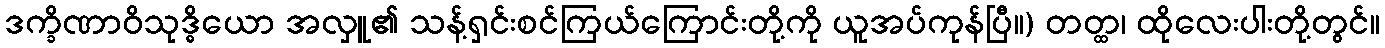
ဒက္ခိဏာဝိသုဒ္ဓိယော အလှူ၏ သန့်ရှင်းစင်ကြယ်ကြောင်းတို့ကို ယူအပ်ကုန်ပြီ။) တတ္ထ၊ ထိုလေးပါးတို့တွင်။